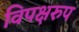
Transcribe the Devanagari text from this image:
विपक्षरुप